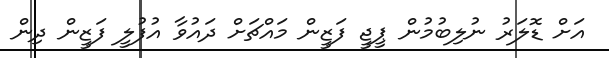
އަށް ޑޮލަރު ނުލިބުމުން ޕީޖީ ފަޒީން މައްޗަށް ދައުވާ އުފުލީ ފަޒީން ދިން